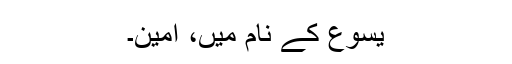
یسوع کے نام میں، آمین۔